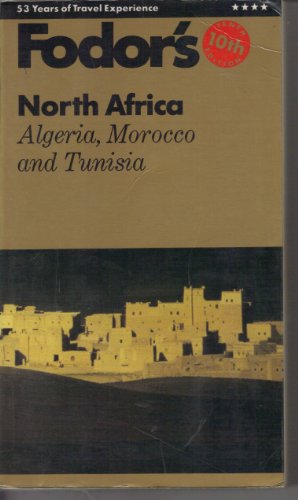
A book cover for Fodors-N.africa; Fodor's; Travel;